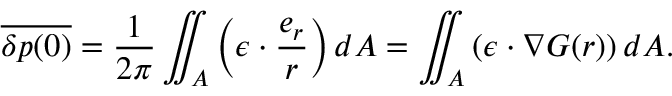
\overline { { \delta p ( \boldsymbol { 0 } ) } } = \frac { 1 } { 2 \pi } \iint _ { A } \left( \boldsymbol { \epsilon } \cdot \frac { \boldsymbol { e } _ { r } } { r } \right) d A = \iint _ { A } \left( \boldsymbol { \epsilon } \cdot \boldsymbol { \nabla } G ( r ) \right) d A .